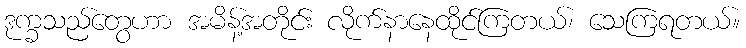
ဒုက္ခသည်တွေဟာ အမိန့်အတိုင်း လိုက်နာနေထိုင်ကြတယ်၊ သေကြရတယ်။